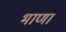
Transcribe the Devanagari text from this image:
भाणों